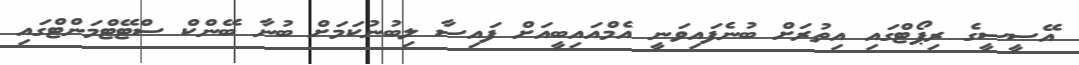
އޭސީސީގެ ރިޕޯޓްގައި އިތުރަށް ބުނެފައިވަނީ އެމްއައިބީއަށް ފައިސާ ލިބުނުކަމަށް ބުނާ ބޭންކް ސްޓޭޓްމަންޓްގައި